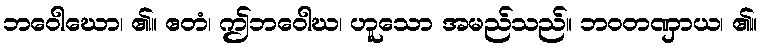
ဘဝေါဃော၊ ၏။ ဧတံ၊ ဤဘဝေါဃ၊ ဟူသော အမည်သည်။ ဘဝတဏှာယ၊ ၏။